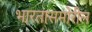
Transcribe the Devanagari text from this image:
भारतासमोरील